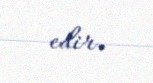
edir.